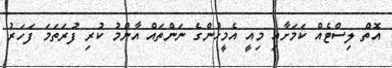
އޮތް ލިސްޓެއް ކަމަށާއި މިއީ އެމީހުންގެ ނަންތައް އާންމު ކުރި ފުރަތަމަ ފަހަރު